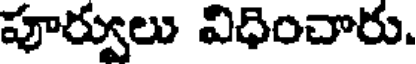
పూర్వులు విధించారు.